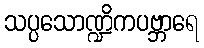
သပ္ပသောဏ္ဍိကပဗ္ဘာရေ